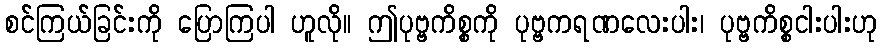
စင်ကြယ်ခြင်းကို ပြောကြပါ ဟူလို။ ဤပုဗ္ဗကိစ္စကို ပုဗ္ဗကရဏလေးပါး၊ ပုဗ္ဗကိစ္စငါးပါးဟု